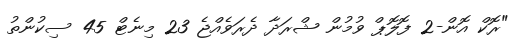
"ރޮކް އޮން-2 ފޮލޮޕް ވުމުން ޝްރަދާ ދެރަވެއްޖެ 23 މިނެޓް 45 ސިކުންތު